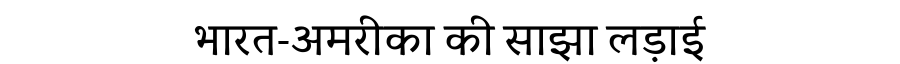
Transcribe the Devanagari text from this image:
भारत-अमरीका की साझा लड़ाई